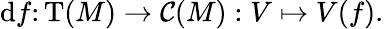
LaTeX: \mathrm{d}f\colon\mathrm{T}(M)\to{\mathcal{C}}(M):V\mapsto V(f).